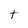
Character: t